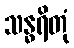
သန္ဓရိတုံ